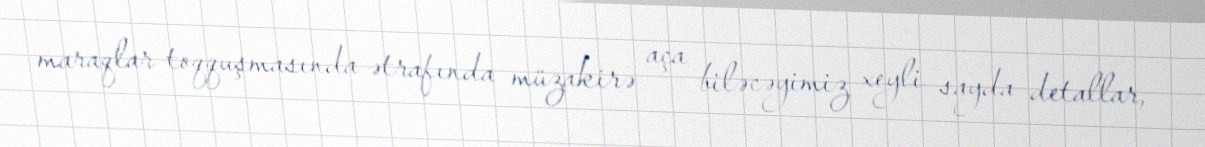
maraqlar toqquşmasında ətrafında müzakirə aça biləcəyimiz xeyli sayda detallar,